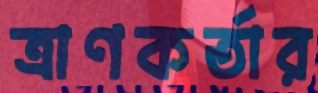
ত্রাণকর্তার